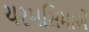
ચરમસિમાએ